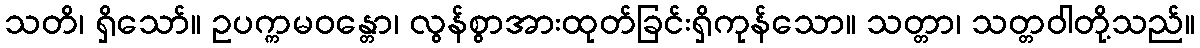
သတိ၊ ရှိသော်။ ဥပက္ကမဝန္တော၊ လွန်စွာအားထုတ်ခြင်းရှိကုန်သော။ သတ္တာ၊ သတ္တဝါတို့သည်။